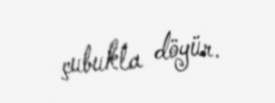
çubukla döyür.